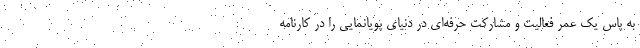
به پاس یک عمر فعالیت و مشارکت حرفه‌ای در دنیای پویانمایی را در کارنامه